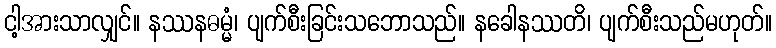
ငါ့အားသာလျှင်။ နဿနဓမ္မံ၊ ပျက်စီးခြင်းသဘောသည်။ နခေါနဿတိ၊ ပျက်စီးသည်မဟုတ်။